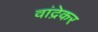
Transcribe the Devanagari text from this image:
वांद्रेकर